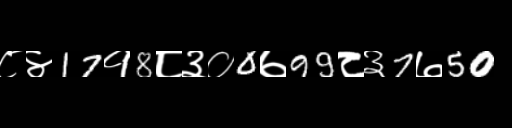
Text: ८४17१8८३०0७99८३7७50